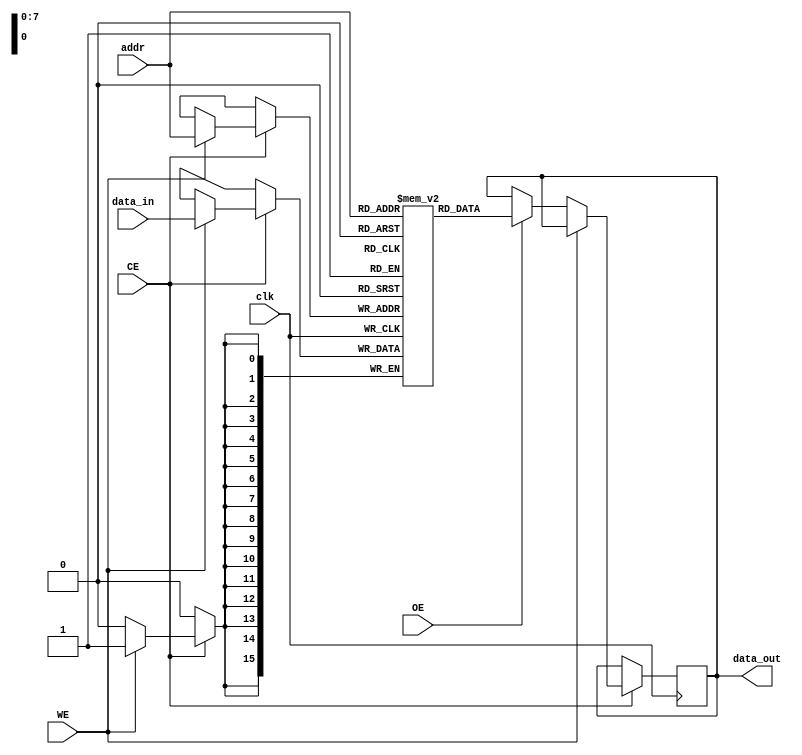
module eSRAM #(
    parameter ADDR_WIDTH = 8,     // Address width
    parameter DATA_WIDTH = 16,     // Data width
    parameter DEPTH = 2 ** ADDR_WIDTH // Depth of the memory
)(
    input wire clk,                 // Clock signal
    input wire CE,                  // Chip Enable
    input wire WE,                  // Write Enable
    input wire OE,                  // Output Enable
    input wire [ADDR_WIDTH-1:0] addr, // Address bus
    input wire [DATA_WIDTH-1:0] data_in, // Data input
    output reg [DATA_WIDTH-1:0] data_out // Data output
);

    // Memory array
    reg [DATA_WIDTH-1:0] memory [0:DEPTH-1];

    // Read/Write Control Logic
    always @(posedge clk) begin
        if (CE) begin
            if (WE) begin
                // Write operation
                memory[addr] <= data_in;
            end
            else if (OE) begin
                // Read operation
                data_out <= memory[addr];
            end
        end
    end

endmodule